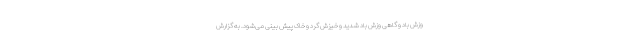
وزش باد و گاهی وزش باد شدید و خیزش گرد و خاک پیش بینی می‌شود. به گزارش